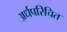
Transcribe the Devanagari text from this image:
अर्धपरिचित